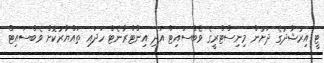
ޓީ އިރުޝާދުގެ ދަށުން މިނިސްޓްރީގެ ވެބްސައިޓް އަދި އިންޓްރާނެޓް ހަދައި ތައްޔާރުކޮށް ވެބްސައިޓް